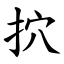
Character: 㧒